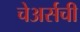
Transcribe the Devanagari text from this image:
चेअर्सची